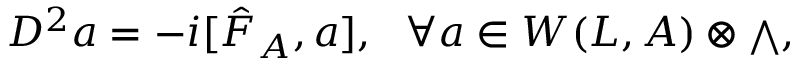
{ \cal D } ^ { 2 } a = - i [ { \hat { F } } _ { A } , a ] , \ \ \forall a \in W ( L , { \cal A } ) \otimes { \scriptstyle \bigwedge } ,